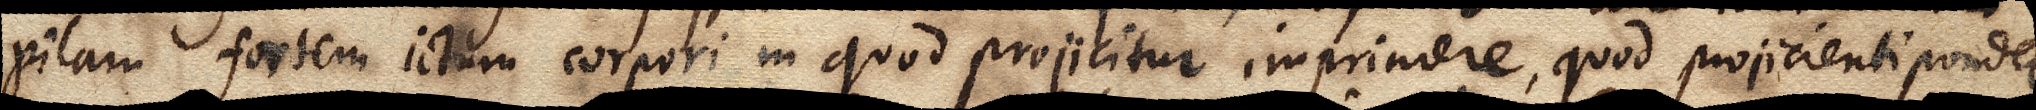
pilam fortem ictum corpori in quod projicitur imprimere, quod projicienti pondere